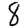
Digit: 8